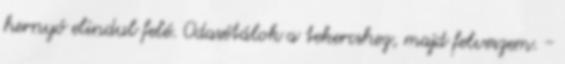
hernyó elindul felé. Odasétálok a tekercshez, majd felveszem. -